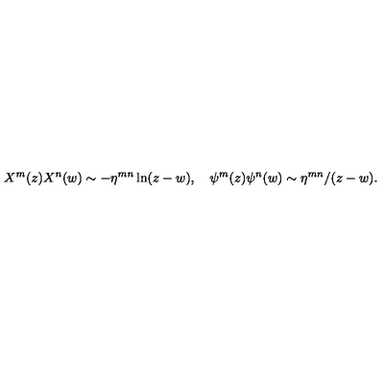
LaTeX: X ^ { m } ( z ) X ^ { n } ( w ) \sim - \eta ^ { m n } \ln ( z - w ) , \quad \psi ^ { m } ( z ) \psi ^ { n } ( w ) \sim \eta ^ { m n } / ( z - w ) .